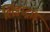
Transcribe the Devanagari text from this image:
लिंडस्ट्रांड